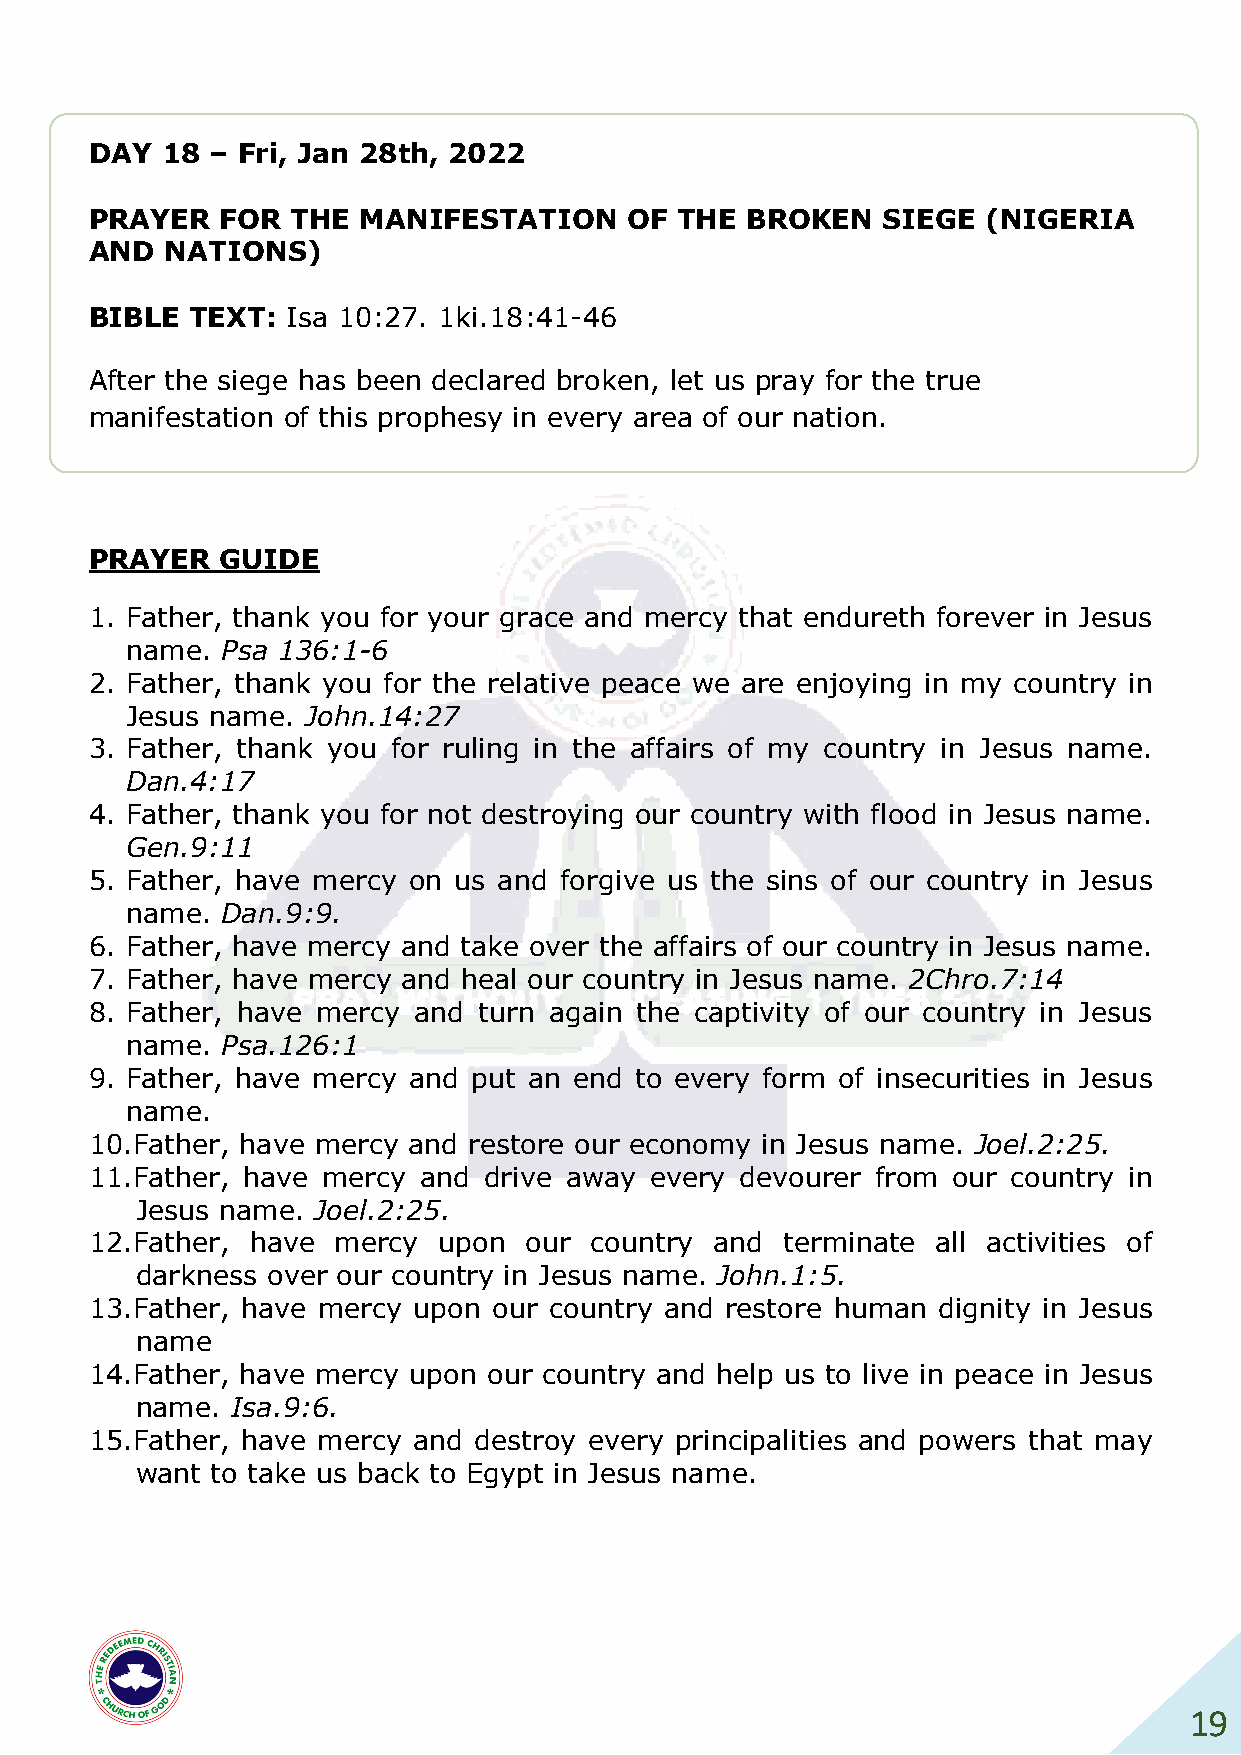
DAY  18 – Fri, Jan 28th, 2022
 PRAYER   FOR THE  MANIFESTATION     OF THE BROKEN   SIEGE  (NIGERIA
 AND  NATIONS)
 BIBLE  TEXT: Isa 10:27. 1ki.18:41-46
 After the siege has been declared broken, let us pray for the true
 manifestation of this prophesy in every area of our nation.
 PRAYER   GUIDE
 1. Father, thank you for your grace and mercy that endureth forever in Jesus
 name.  Psa 136:1-6
 2. Father, thank you for the relative peace we are enjoying in my country in
 Jesus name. John.14:27
 3. Father, thank you for ruling in the affairs of my country in Jesus name.
 Dan.4:17
 4. Father, thank you for not destroying our country with flood in Jesus name.
 Gen.9:11
 5. Father, have mercy on us and forgive us the sins of our country in Jesus
 name.  Dan.9:9.
 6. Father, have mercy and take over the affairs of our country in Jesus name.
 7. Father, have mercy and heal our country in Jesus name. 2Chro.7:14
 8. Father, have mercy and turn again the captivity of our country in Jesus
 name.  Psa.126:1
 9. Father, have mercy and put an end to every form of insecurities in Jesus
 name.
 10. Father, have mercy and restore our economy in Jesus name. Joel.2:25.
 11. Father, have mercy and drive away every devourer from our country in
 Jesus name. Joel.2:25.
 12. Father, have mercy upon  our country and  terminate all activities of
 darkness over our country in Jesus name. John.1:5.
 13. Father, have mercy upon our country and restore human dignity in Jesus
 name
 14. Father, have mercy upon our country and help us to live in peace in Jesus
 name. Isa.9:6.
 15. Father, have mercy and destroy every principalities and powers that may
 want to take us back to Egypt in Jesus name.
 19